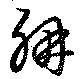
耼